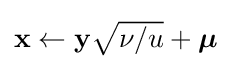
{\textstyle \mathbf {x} \gets \mathbf {y} {\sqrt {\nu /u}}+{\boldsymbol {\mu }}}